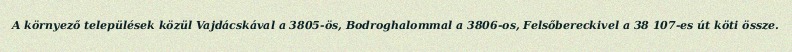
A környező települések közül Vajdácskával a 3805-ös, Bodroghalommal a 3806-os, Felsőbereckivel a 38 107-es út köti össze.